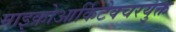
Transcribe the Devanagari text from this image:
माइक्रोआर्किटेक्चरयुक्त